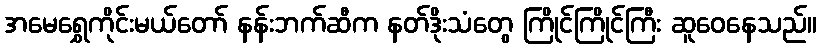
အမေရွှေကိုင်းမယ်တော် နန်းဘက်ဆီက နတ်ဒိုးသံတွေ ကြိုင်ကြိုင်ကြီး ဆူဝေနေသည်။